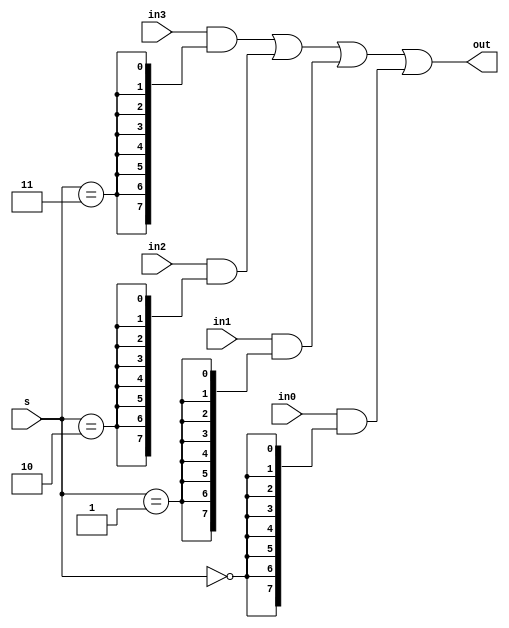
module fourToOneMUX(in3, in2, in1, in0, s, out);
	parameter				n = 8;
	
	input			[n-1:0]			in3, in2, in1, in0;
	input			[1:0]				s;
	output wire	[n-1:0]			out;

	assign out = (in3 & {n{s == 2'b11}}) | (in2 & {n{s == 2'b10}})
					| (in1 & {n{s == 2'b01}}) | (in0 & {n{s == 2'b00}});

endmodule